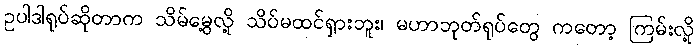
ဥပါဒါရုပ်ဆိုတာက သိမ်မွေ့လို့ သိပ်မထင်ရှားဘူး၊ မဟာဘုတ်ရုပ်တွေ ကတော့ ကြမ်းလို့